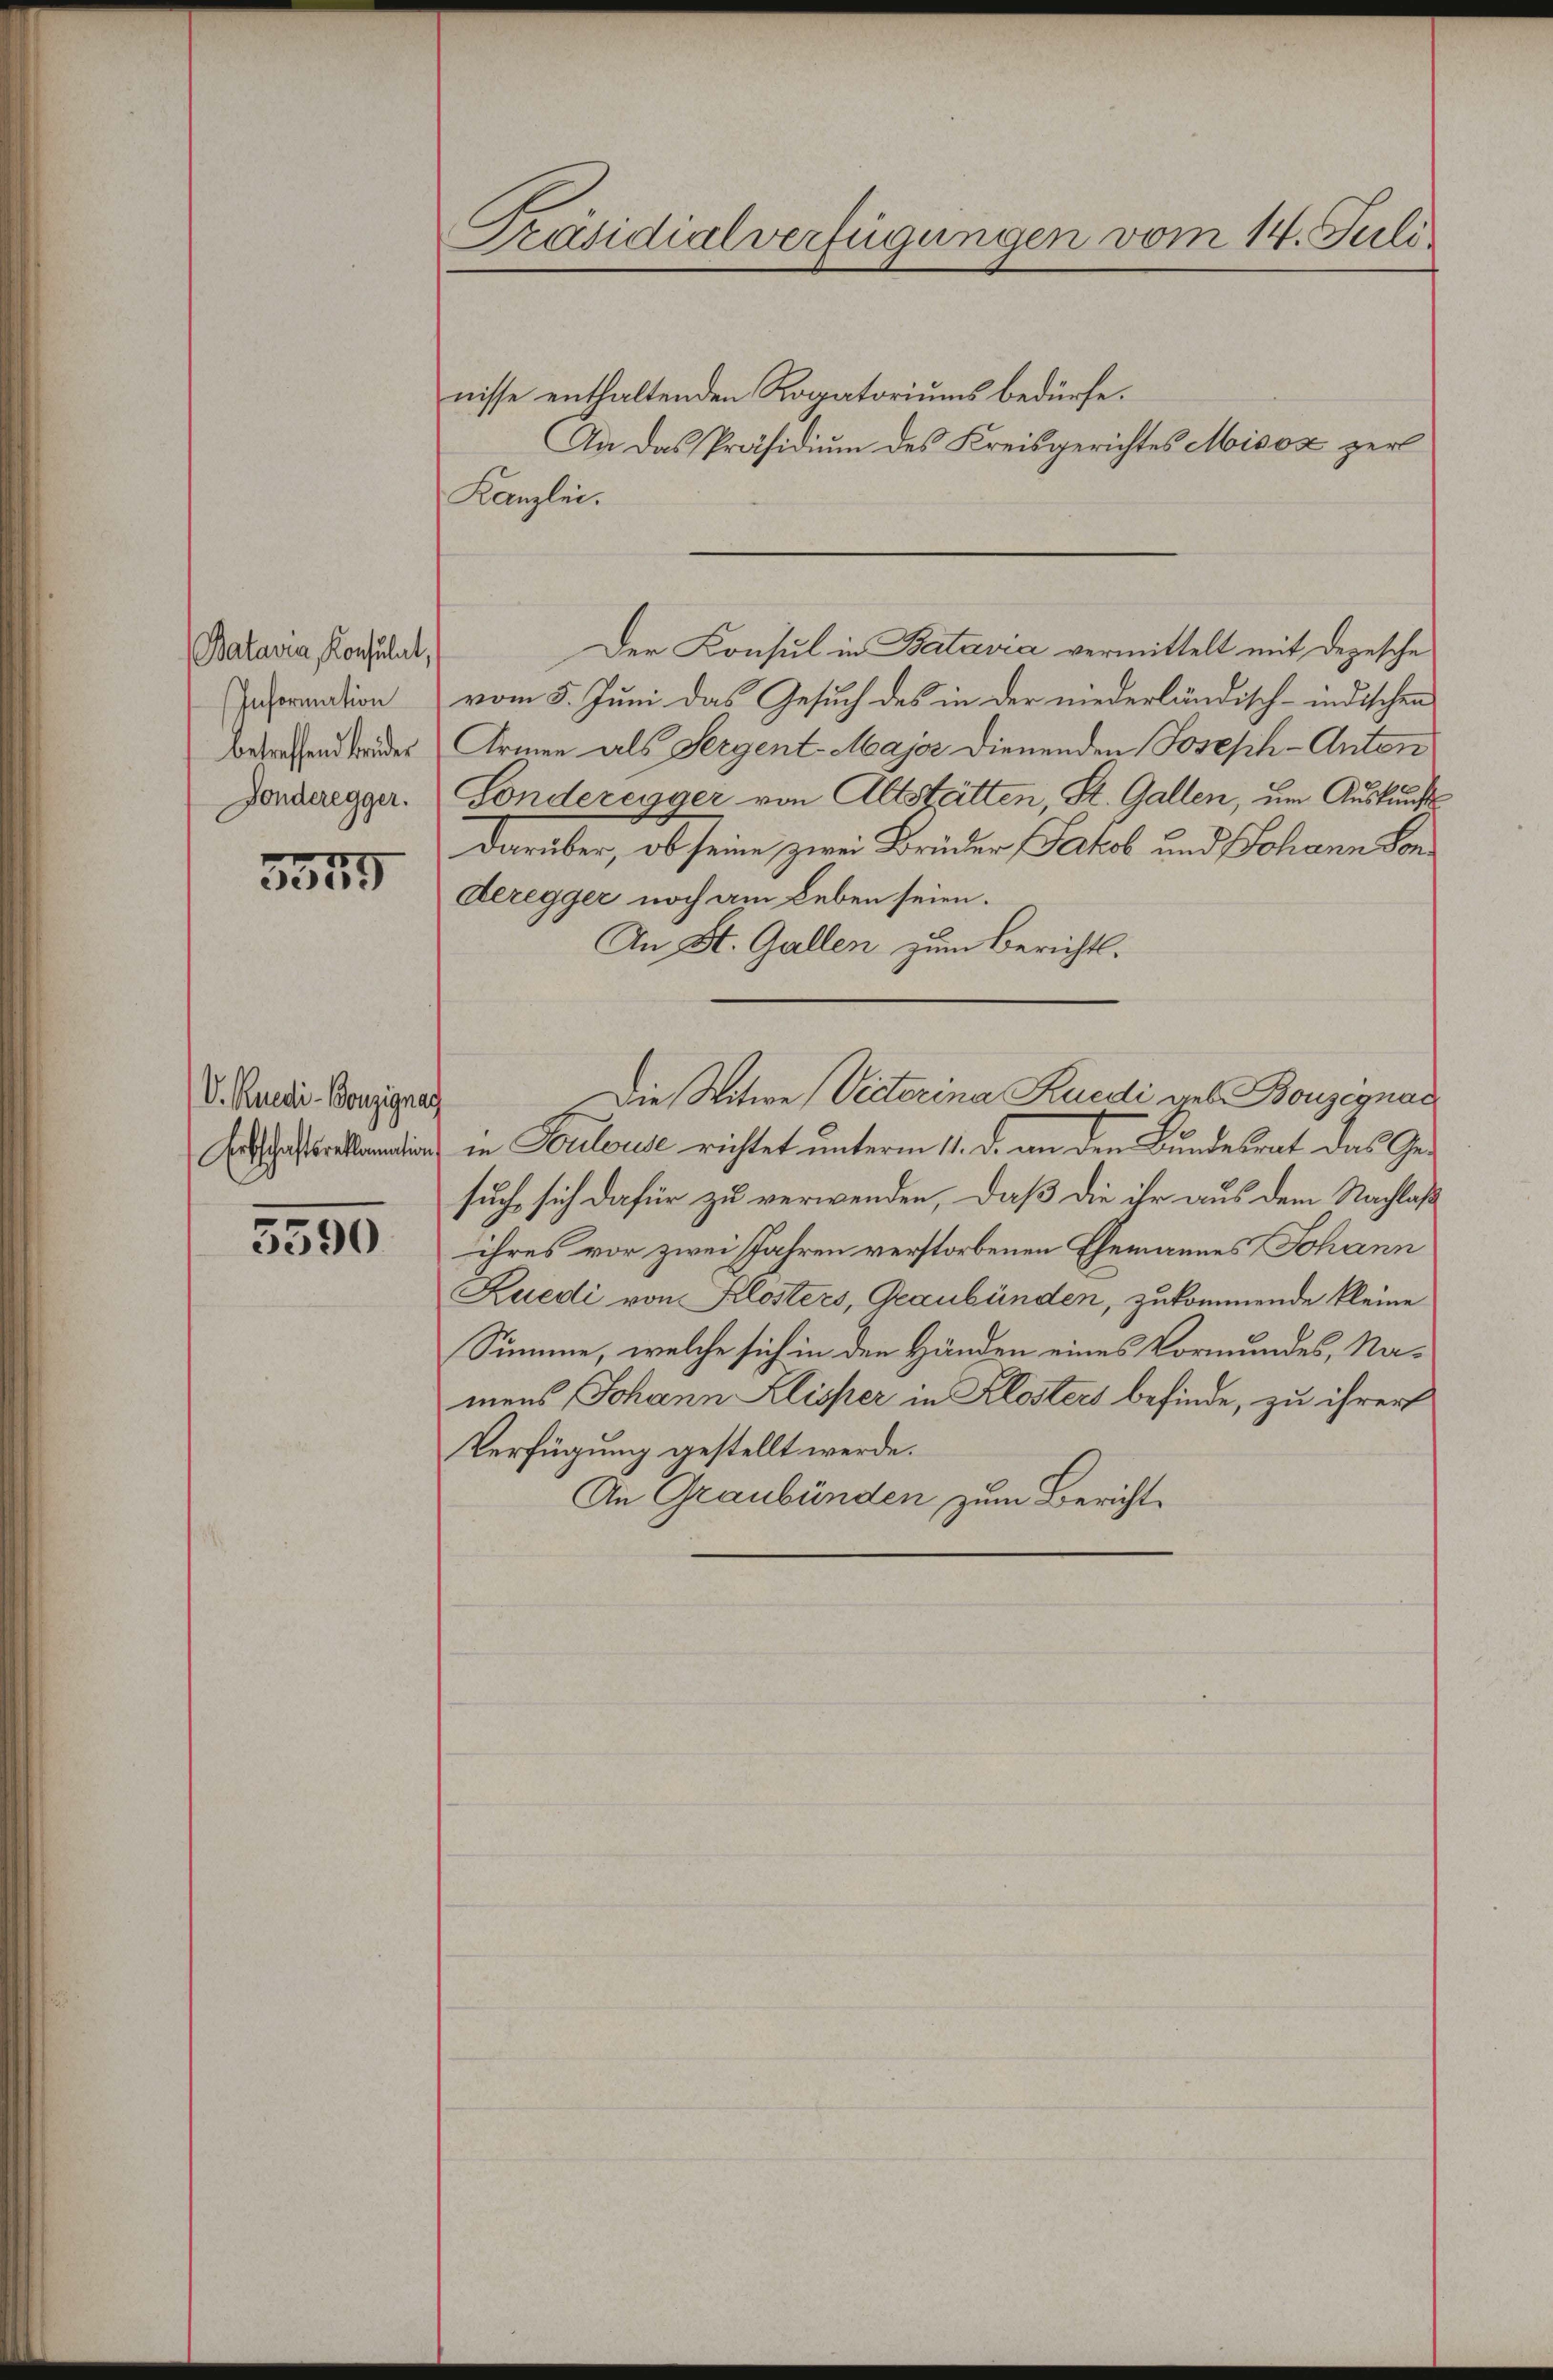
Batavia, Konsulat,
Information
betreffend beider
Gonderegger.

5549

V. Ruedi-Bonzignag
Erbschaftsreklamation

5590

Präsidialverfügungen vom 14. Juli

nisse enthaltenden Rogatoriums bedürfe.
Aa das Präsidium des Kreisgerichtes Misox zerl
Kanzlei.
Der Konsul in Batavia vermittelt mit Depesche
vom 5. Juni das Gesuch des in der niederländisch-indischen
Armen als Sergent-Major dienenden Joseph-Anton
Sonderenger von Altstätten, St. Gallen, um Auskunft
darüber, ob seine zwei Brüder Jakob und Johann Son¬
Deregger noch am Leben seien.
An St. Gallen zum Berichts-
Die Witwe Victerina Kuedi geb. Bouzegnad
in Toulouse richtet unterm 11. d. an den Bundesrat das Gesuch, sich dafür zu verwenden, daß die ihr aus dem Nachlaß
ihres vor zwei Jahren verstorbenen Ehemannes Johann
Zuedi von Klosters, Graubünden, zukommende kleine
Summe, welche sich in den Händen eines Vormundes, Namens Johann Klisser in Klosters befinde, zu ihrer
Verfügung gestellt werde.
An Graubünden zum Bericht